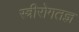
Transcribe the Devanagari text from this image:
स्त्रीरोगतज्ञ